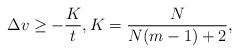
LaTeX: \begin{align*}\Delta v\geq-\frac{K}{t}, K=\frac{N}{N(m-1)+2},\end{align*}